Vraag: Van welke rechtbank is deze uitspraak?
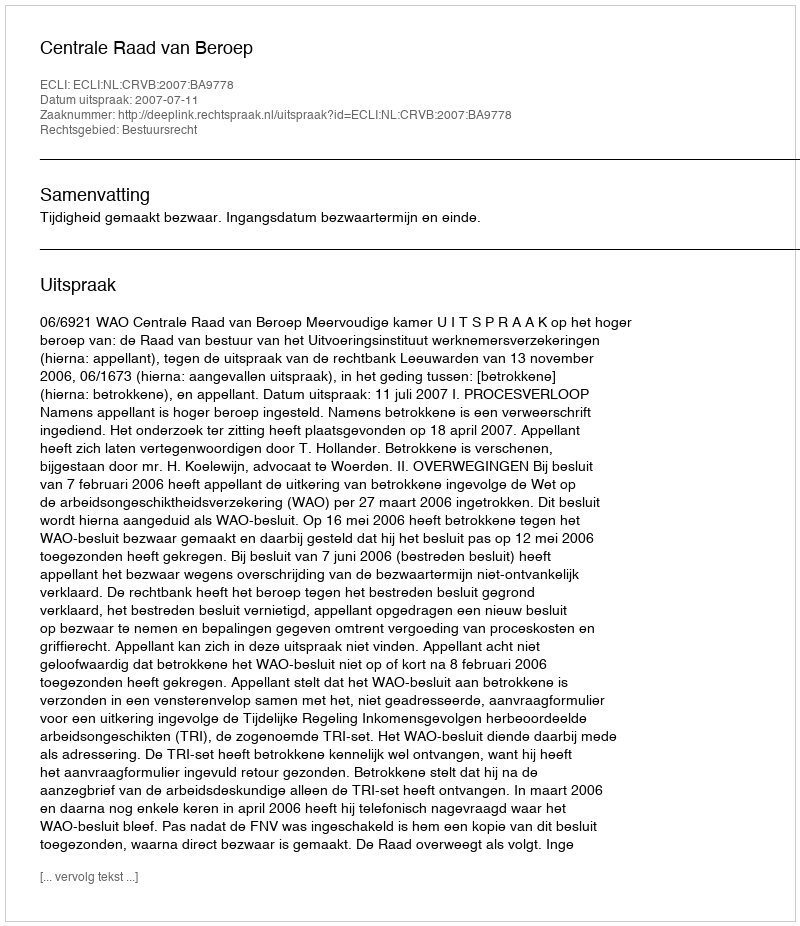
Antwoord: Centrale Raad van Beroep